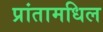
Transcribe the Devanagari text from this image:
प्रांतामधिल